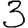
Digit: 3